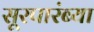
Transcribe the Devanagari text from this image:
सूरपारंब्या